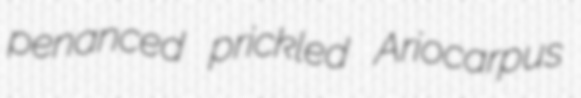
penanced prickled Ariocarpus